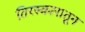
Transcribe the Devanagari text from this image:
तिरस्कारातून